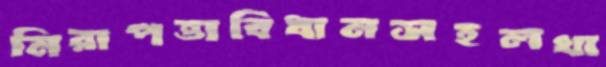
নিরাপত্তাবিধানসহলখা